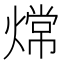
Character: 龦